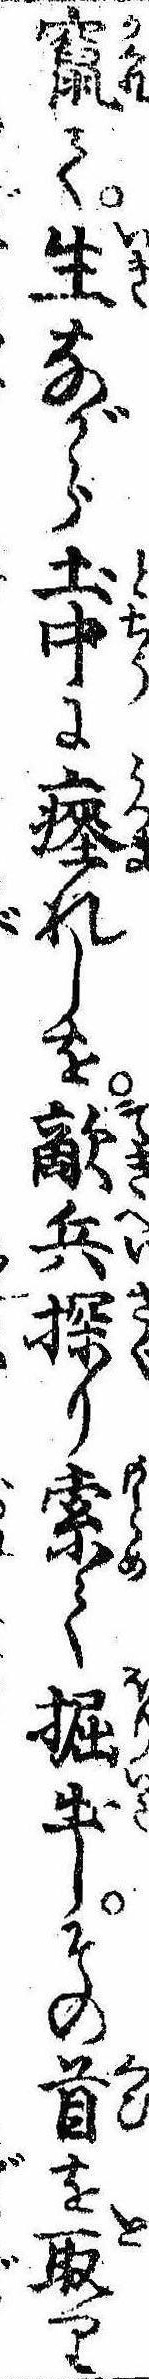
竄て生ながら土中に瘞れしを敵兵探り索て掘出しその首を取り